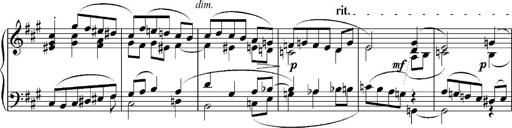
Title: Sonatina No.5
Composer: Otto Stoll
Key: F-sharp minor